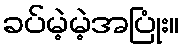
ခပ်မဲ့မဲ့အပြုံး။